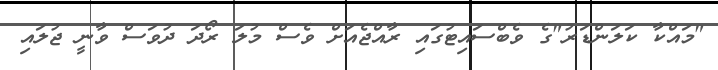
"މައްކާ ކަލަންޑަރު"ގެ ވެބްސައިޓުގައި ރާއްޖެއަށް ވެސް މުލަ ރޯދަ ދުވަސް ވާނީ ޖުލައި